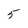
Character: 5